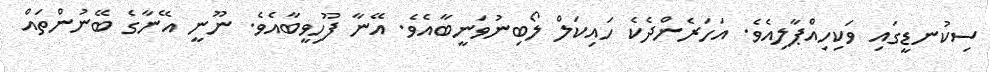
ސިކުނޑީގައި ވަކިހިއްޕާލިއެވެ. އަހަރެންދެކެ ހައިކަލް ލޯބިނުވަނީބާއެވެ. އޭނާ ފޫހިވީބާއެވެ. ނޫނީ އޭނާގެ ބޭނުންތައް